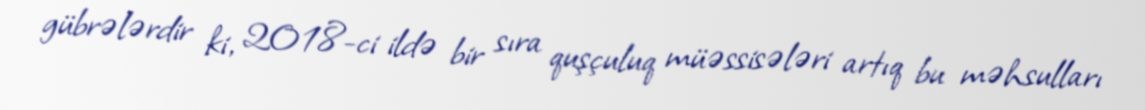
gübrələrdir ki, 2018-ci ildə bir sıra quşçuluq müəssisələri artıq bu məhsulları